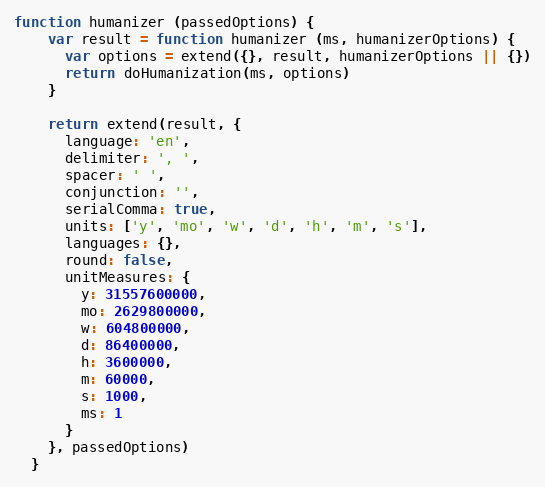
Language: JavaScript
function humanizer (passedOptions) {
    var result = function humanizer (ms, humanizerOptions) {
      var options = extend({}, result, humanizerOptions || {})
      return doHumanization(ms, options)
    }

    return extend(result, {
      language: 'en',
      delimiter: ', ',
      spacer: ' ',
      conjunction: '',
      serialComma: true,
      units: ['y', 'mo', 'w', 'd', 'h', 'm', 's'],
      languages: {},
      round: false,
      unitMeasures: {
        y: 31557600000,
        mo: 2629800000,
        w: 604800000,
        d: 86400000,
        h: 3600000,
        m: 60000,
        s: 1000,
        ms: 1
      }
    }, passedOptions)
  }